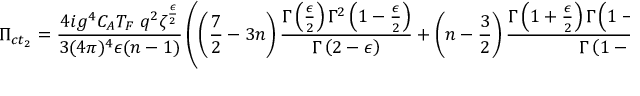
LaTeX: \Pi _ { c t _ { 2 } } = \frac { 4 i g ^ { 4 } C _ { A } T _ { F } \; q ^ { 2 } \zeta ^ { \frac { \epsilon } { 2 } } } { 3 ( 4 \pi ) ^ { 4 } \epsilon ( n - 1 ) } \left( \left( \frac { 7 } { 2 } - 3 n \right) \frac { \Gamma \left( \frac { \epsilon } { 2 } \right) \Gamma ^ { 2 } \left( 1 - \frac { \epsilon } { 2 } \right) } { \Gamma \left( 2 - \epsilon \right) } + \left( n - \frac { 3 } { 2 } \right) \frac { \Gamma \left( 1 + \frac { \epsilon } { 2 } \right) \Gamma \left( 1 - \frac { \epsilon } { 2 } \right) \Gamma \left( - \frac { \epsilon } { 2 } \right) } { \Gamma \left( 1 - \epsilon \right) } \right)